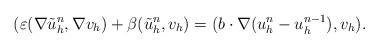
\begin{align*}(\varepsilon (\nabla \tilde u_h^n,\nabla v_h) + \beta(\tilde u_h^n,v_h)=(b\cdot\nabla(u_h^n-u_h^{n-1}),v_h).\end{align*}